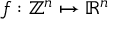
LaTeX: f : \mathbb { Z } ^ { n } \mapsto \mathbb { R } ^ { n }